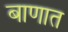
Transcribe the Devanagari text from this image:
बाणात